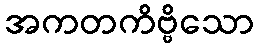
အကတကိဗ္ဗိသော